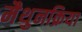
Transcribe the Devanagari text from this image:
मैथुनक्रिया